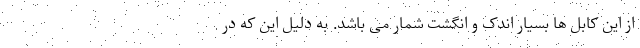
از این کابل ها بسیار اندک و انگشت شمار می باشد. به دلیل این که در